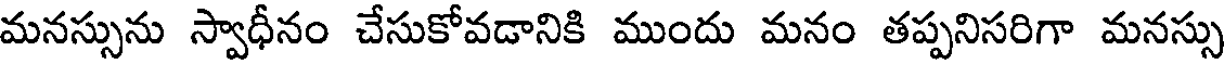
మనస్సును స్వాధీనం చేసుకోవడానికి ముందు మనం తప్పనిసరిగా మనస్సు